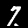
Label: 7